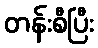
တန်းစီပြီး